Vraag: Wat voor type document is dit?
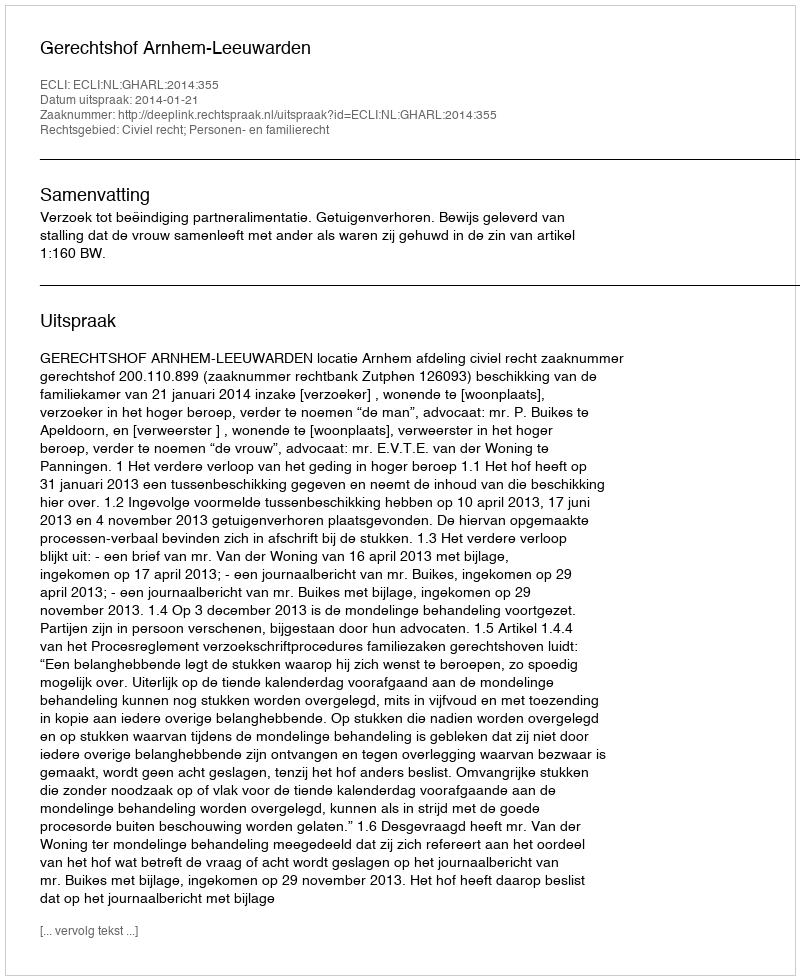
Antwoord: Uitspraak